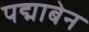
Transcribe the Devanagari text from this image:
पद्माबेन